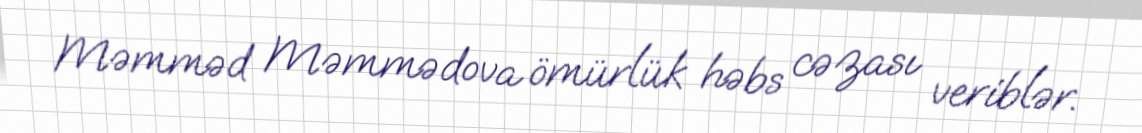
Məmməd Məmmədova ömürlük həbs cəzası veriblər.